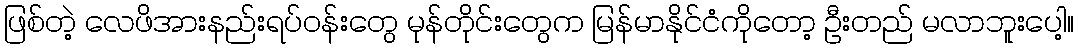
ဖြစ်တဲ့ လေဖိအားနည်းရပ်ဝန်းတွေ မုန်တိုင်းတွေက မြန်မာနိုင်ငံကိုတော့ ဦးတည် မလာဘူးပေါ့။